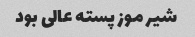
شیر موز پسته عالی بود